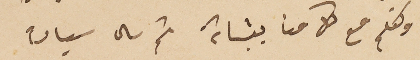
وتكلم مع كل منا ببشاشة ثم سال سيادته